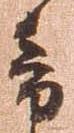
音